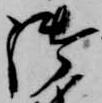
御